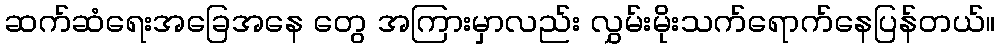
ဆက်ဆံရေးအခြေအနေ တွေ အကြားမှာလည်း လွှမ်းမိုးသက်ရောက်နေပြန်တယ်။